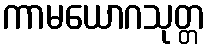
ကာမယောဂသုတ္တ